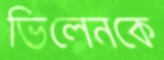
ভিলেনকে